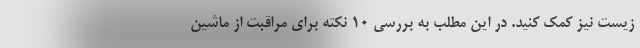
زیست نیز کمک کنید. در این مطلب به بررسی 10 نکته برای مراقبت از ماشین